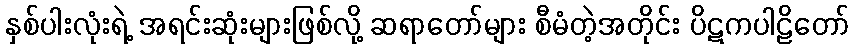
နှစ်ပါးလုံးရဲ့ အရင်းဆုံးများဖြစ်လို့ ဆရာတော်များ စီမံတဲ့အတိုင်း ပိဋကပါဠိတော်